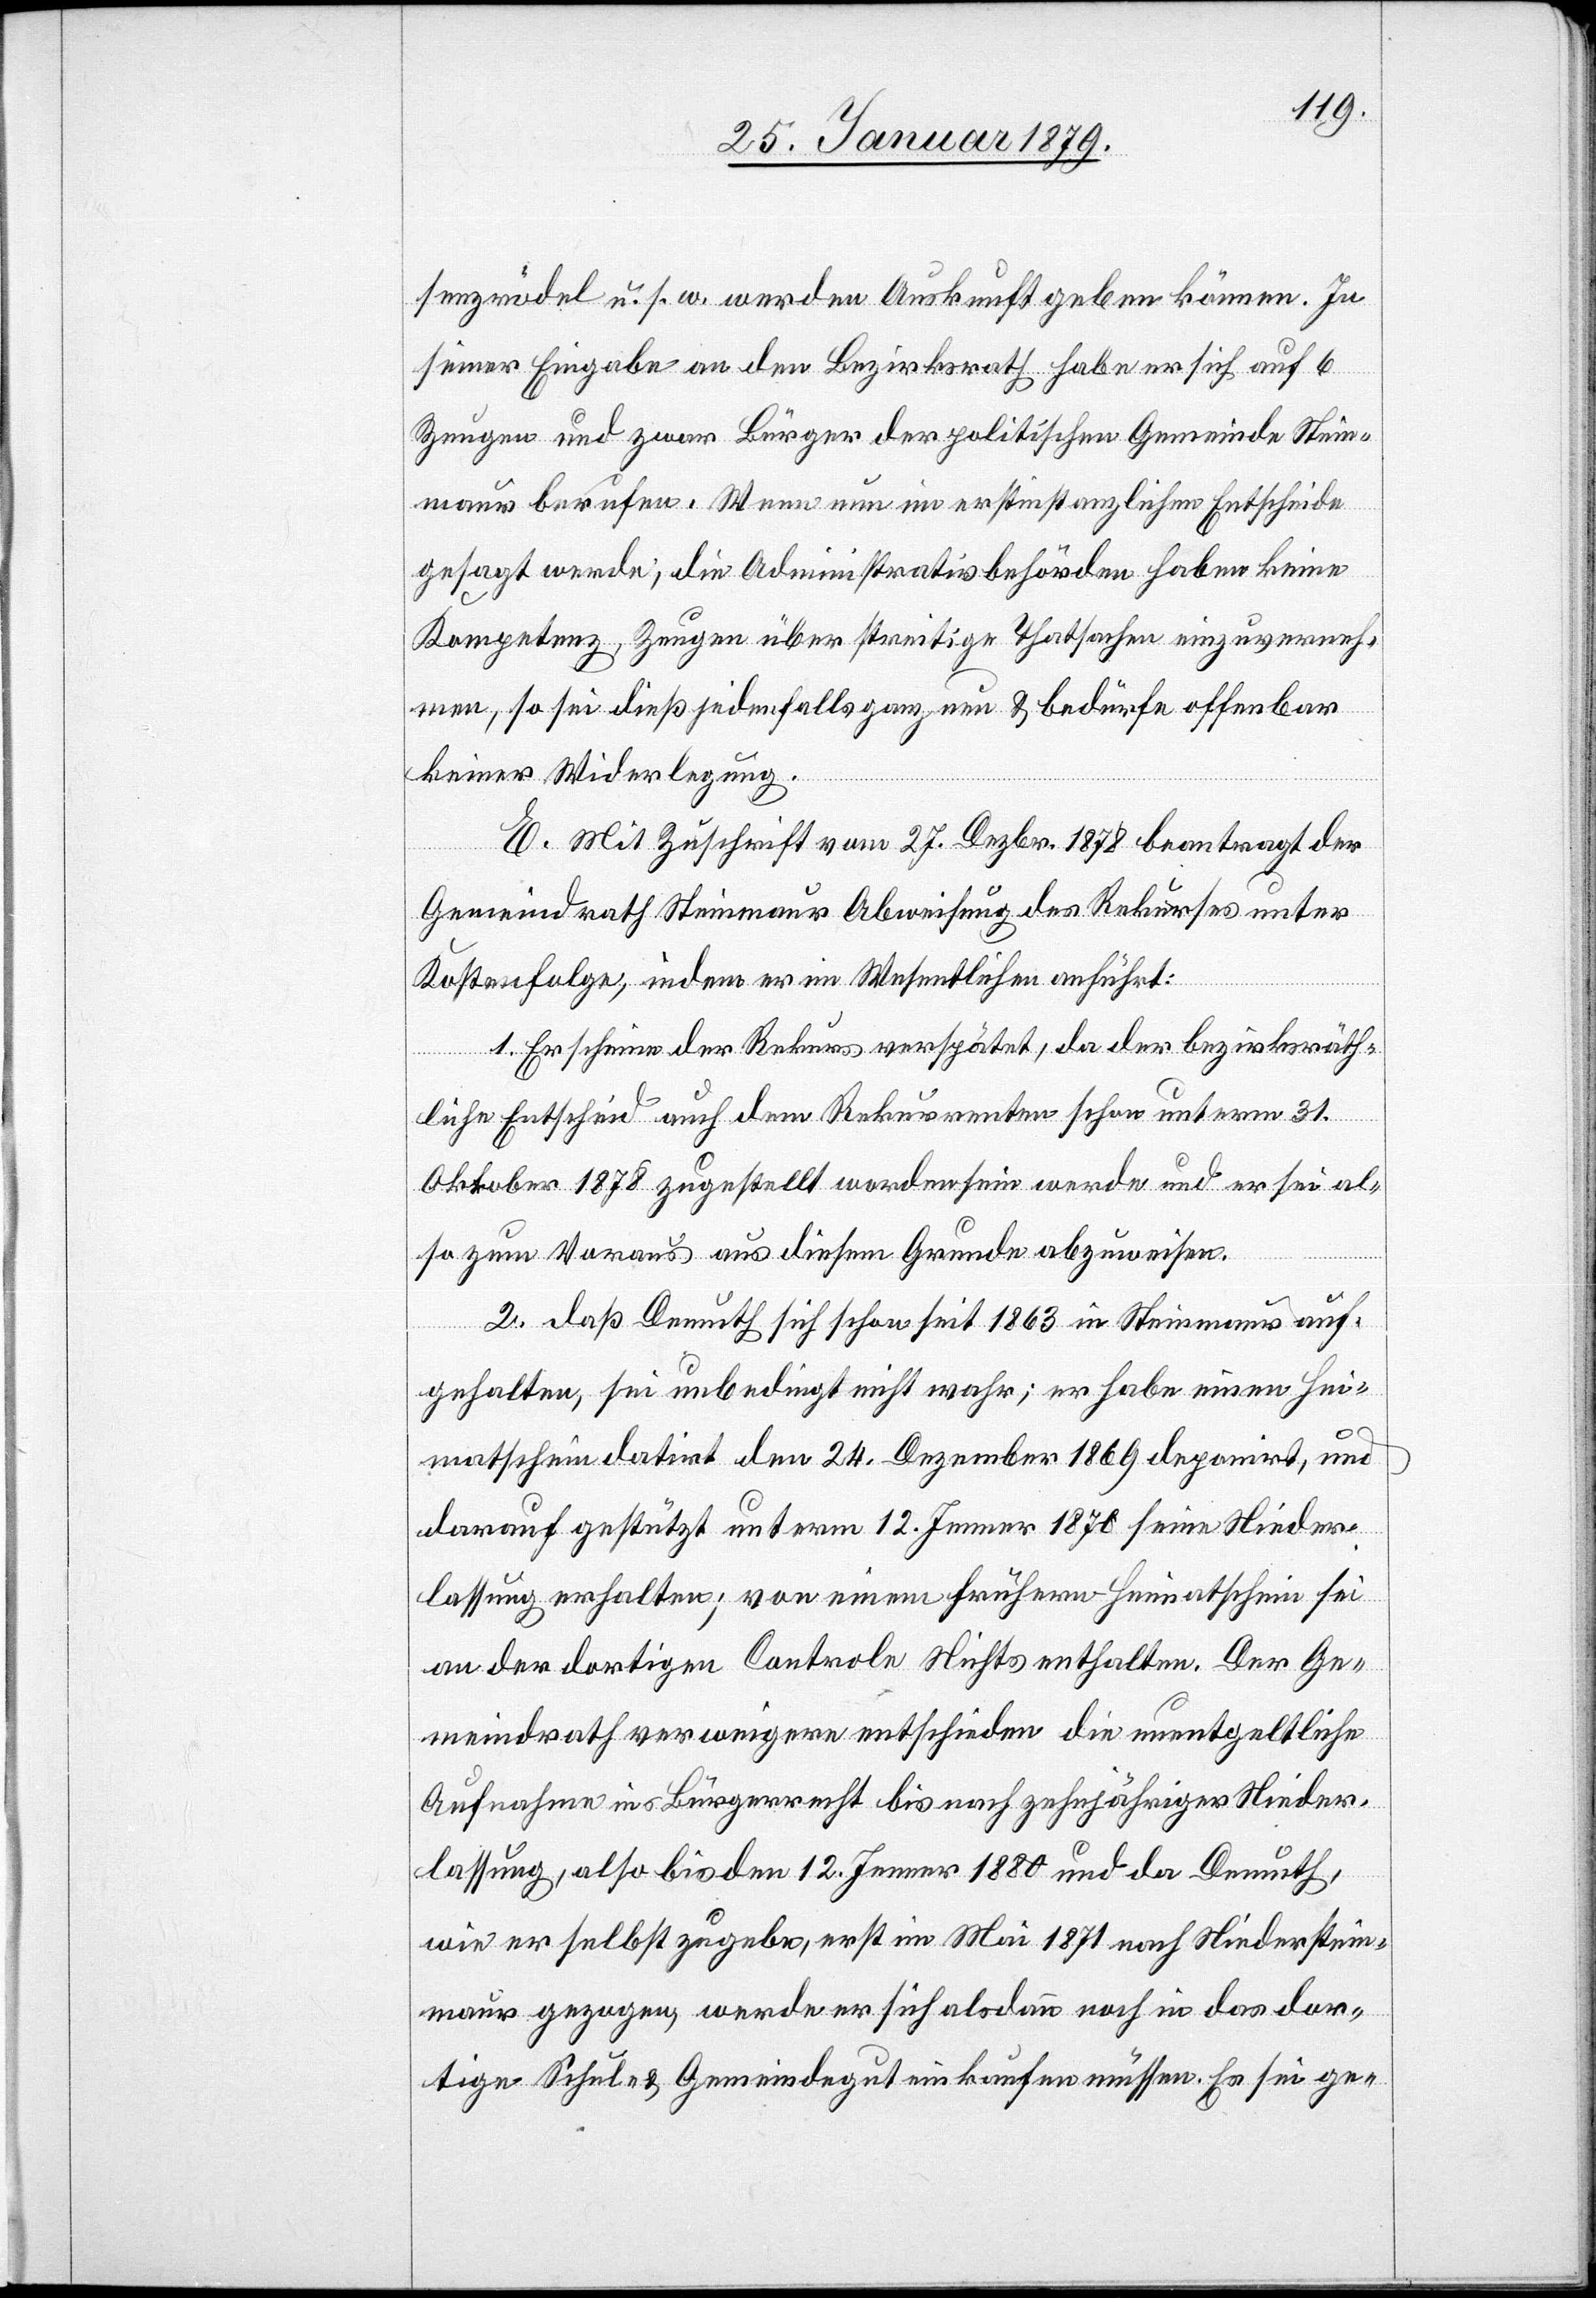
senzrödel u. s. w. werden Auskunft geben können. In
seiner Eingabe an den Bezirksrath habe er sich auf 6
Zeugen und zwar Bürger der politischen Gemeinde Stein¬
maur berufen. Wenn nun im erstinstanzlichen Entscheide
gesagt werde, die Administrativbehörden haben keine
Kompetenz, Zeugen über streitige Thatsachen einzuverneh¬
men, so sei dieß jedenfalls ganz neu & bedürfe offenbar
keiner Widerlegung.
E. Mit Zuschrift vom 27. Dezbr. 1878 beantragt der
Gemeindrath Steinmaur Abweisung des Rekurses unter
Kostenfolge, indem er im Wesentlichen anführt:
1. Erscheine der Rekurs verspätet, da der bezirksräth¬
liche Entscheid auch dem Rekurrenten schon unterm 31.
Oktober 1878 zugestellt worden sein werde und er sei al¬
so zum Voraus aus diesem Grunde abzuweisen.
2. Daß Demuth sich schon seit 1863 in Steinmaur auf¬
gehalten, sei unbedingt nicht wahr; er habe einen Hei¬
matschein datirt den 24. Dezember 1869 deponirt, und
darauf gestützt unterm 12. Jenner 1870 seine Nieder¬
lassung erhalten; von einem frühern Heimatschein sei
an der dortigen Controle Nichts enthalten. Der Ge¬
meindrath verweigere entschieden die unentgeltliche
Aufnahme ins Bürgerrecht bis nach zehnjähriger Nieder¬
lassung, also bis den 12. Jenner 1880 und da Demuth,
wie er selbst zugebe, erst im Mai 1871 nach Niederstein¬
maur gezogen, werde er sich alsdann noch in das dor¬
tige Schul- & Gemeindegut einkaufen müssen. Es sei ge-